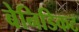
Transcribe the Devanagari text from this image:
बेनिडिकट